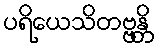
ပရိယေသိတဗ္ဗန္တိ